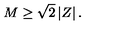
M \geq \sqrt { 2 } \left| Z \right| .